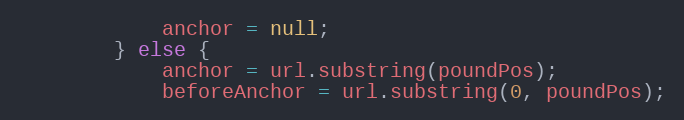
Language: Java
			anchor = null;
		} else {
			anchor = url.substring(poundPos);
			beforeAnchor = url.substring(0, poundPos);